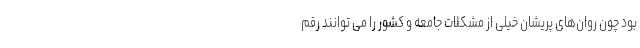
بود چون روان‌های پریشان خیلی از مشکلات جامعه و کشور را می توانند رقم